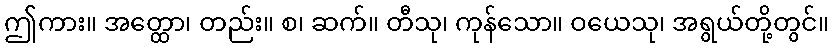
ဤကား။ အတ္ထော၊ တည်း။ စ၊ ဆက်။ တီသု၊ ကုန်သော။ ဝယေသု၊ အရွယ်တို့တွင်။